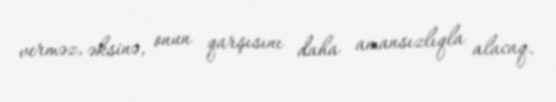
verməz, əksinə, onun qarşısını daha amansızlıqla alacaq.